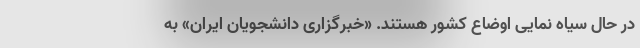
در حال سیاه نمایی اوضاع کشور هستند. «خبرگزاری دانشجویان ایران» به